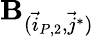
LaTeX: \mathbf{B}_{(\vec{{i}}_{P,2},\vec{{j}}^{*})}